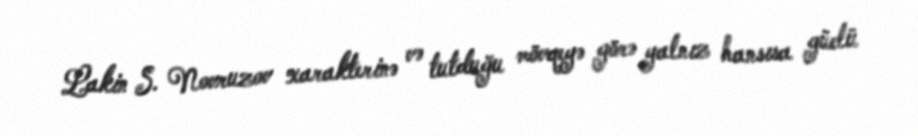
Lakin S. Novruzov xarakterinə və tutduğu mövqeyə görə yalnız hansısa güclü